Annual administration report of the Civil Veterinary Department of India - 1895-1896
Year: 1895
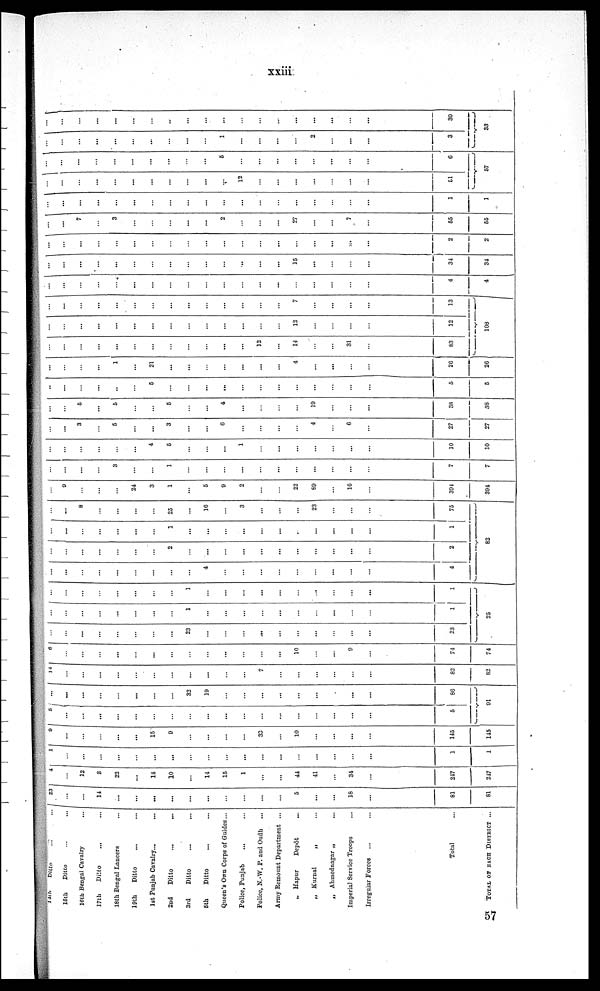
xxiii
14th Ditto ... ...
15th
Ditto ... ...
16th Bengal Cavalry ...
17th
Ditto ... ...
18th Bengal Lancers ...
19th
Ditto ... ...
1st Punjab Cavalry... ...
2nd
Ditto ... ...
3rd
Ditto ... ...
5th
Ditto ... ...
Queen's Own Corps of Guides ...
Police, Punjab ... ...
Police, N.-W. P. and Oudh
...
Army Remount Department ...
„
Hapur
Depôt ...
„ Kurnal
„ ...
„ Ahmednagar „
...
Imperial Service Troops ...
Irreguilar Forces ... ...
Total ...
TOTAL OF EACH DISTRICT ...
23
...
...
14
...
...
...
...
...
...
...
...
...
...
5
...
...
18
...
81
81
4
...
12
8
23
...
14
10
...
14
15
1
...
...
44
41
...
34
...
247
217
1
...
...
...
...
...
...
...
...
...
...
...
...
...
...
...
...
...
...
1
1
9
...
...
...
...
...
15
9
...
...
...
...
33
...
10
...
...
...
...
145
145
5 ...
...
...
...
...
...
...
...
...
...
...
...
...
...
...
...
...
...
5
...
... ...
...
...
...
...
...
32
19
...
...
...
...
...
...
...
...
...
86
91
14
...
...
...
...
...
...
...
...
...
...
...
7
...
...
...
...
...
...
82
82
6
...
...
...
...
...
...
...
...
...
...
...
...
...
10
...
...
9
...
74
74
...
...
...
...
...
...
...
...
23
...
...
...
...
...
...
...
...
...
...
23
...
...
...
...
...
...
...
...
1
...
...
...
...
...
...
...
...
...
...
1
...
...
...
...
...
...
...
...
1
...
...
...
...
...
...
...
...
...
...
1
25
...
...
...
...
...
...
...
...
...
4
...
...
...
...
...
...
...
...
...
4
...
...
...
...
...
...
...
2
...
...
...
...
...
...
...
...
...
...
...
2
...
...
...
...
...
...
...
1
...
...
...
...
...
...
...
...
...
...
...
1
...
...
8
...
...
...
...
25
...
16
...
3
...
...
...
23
...
...
...
75
82
...
9
...
...
...
24
3
1
...
5
9
2
...
...
22
89
...
16
...
394
394
...
...
...
...
3
...
...
1
...
...
...
...
...
...
...
...
...
...
...
7
7
...
...
...
...
...
...
4
5
...
...
...
...1
...
...
...
...
...
...
...
10
10
...
...
3
...
5
...
...
3
...
...
6
...
...
...
...
4
...
6
...
27
27
...
...
5
...
5
...
...
5
...
...
4
...
...
...
...
19
...
...
...
38
38
...
...
...
...
...
...
5
...
...
...
...
...
...
...
...
...
...
...
...
5
5
...
...
...
...
1
...
21
...
...
...
...
...
...
...
4
...
...
...
...
26
26
...
...
...
...
...
...
...
...
...
...
...
...
12
...
14
...
...
31
...
83
...
...
...
...
...
...
...
...
...
...
...
...
...
...
12
...
...
...
...
12
...
...
...
...
...
...
...
...
...
...
...
...
...
...
7
...
...
...
...
13
108
...
...
...
...
...
...
...
...
...
...
...
...
...
...
...
...
...
...
...
4
4
...
...
...
...
...
...
...
...
...
...
...
...
...
...
15
...
...
...
...
34
34
...
...
...
...
...
...
...
...
...
...
...
...
...
...
...
...
...
...
...
2
2
...
...
7
...
3
...
...
...
...
...
2
...
...
...
27
...
...
7
...
55
55
...
...
...
...
...
...
...
...
...
...
...
...
...
...
...
...
...
...
...
1
1
...
...
...
...
...
...
...
...
...
...
...
12
...
...
...
...
...
...
...
51
...
...
...
...
...
...
...
...
...
...
5
...
...
...
...
...
...
...
...
6
57
...
...
...
...
...
...
...
...
...
...
1
...
...
...
...
2
...
...
...
3
...
...
...
...
...
...
...
..
...
...
...
...
...
...
...
...
...
...
...
30
33
57